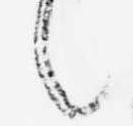
之